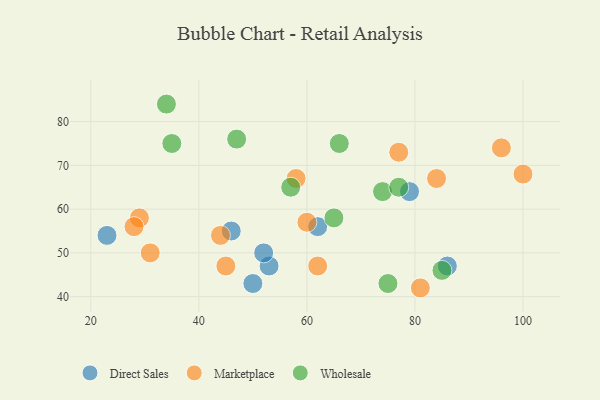
{"axis": {"x": "GDP", "y": "Life Expectancy"}, "legend": ["Direct Sales", "Marketplace", "Wholesale"], "data": [{"x": "23", "y": 54, "type": "Direct Sales"}, {"x": "86", "y": 47, "type": "Direct Sales"}, {"x": "79", "y": 64, "type": "Direct Sales"}, {"x": "53", "y": 47, "type": "Direct Sales"}, {"x": "52", "y": 50, "type": "Direct Sales"}, {"x": "46", "y": 55, "type": "Direct Sales"}, {"x": "62", "y": 56, "type": "Direct Sales"}, {"x": "50", "y": 43, "type": "Direct Sales"}, {"x": "81", "y": 42, "type": "Marketplace"}, {"x": "96", "y": 74, "type": "Marketplace"}, {"x": "62", "y": 47, "type": "Marketplace"}, {"x": "29", "y": 58, "type": "Marketplace"}, {"x": "60", "y": 57, "type": "Marketplace"}, {"x": "44", "y": 54, "type": "Marketplace"}, {"x": "45", "y": 47, "type": "Marketplace"}, {"x": "31", "y": 50, "type": "Marketplace"}, {"x": "58", "y": 67, "type": "Marketplace"}, {"x": "84", "y": 67, "type": "Marketplace"}, {"x": "77", "y": 73, "type": "Marketplace"}, {"x": "100", "y": 68, "type": "Marketplace"}, {"x": "28", "y": 56, "type": "Marketplace"}, {"x": "66", "y": 75, "type": "Wholesale"}, {"x": "47", "y": 76, "type": "Wholesale"}, {"x": "74", "y": 64, "type": "Wholesale"}, {"x": "34", "y": 84, "type": "Wholesale"}, {"x": "35", "y": 75, "type": "Wholesale"}, {"x": "77", "y": 65, "type": "Wholesale"}, {"x": "65", "y": 58, "type": "Wholesale"}, {"x": "75", "y": 43, "type": "Wholesale"}, {"x": "57", "y": 65, "type": "Wholesale"}, {"x": "85", "y": 46, "type": "Wholesale"}]}